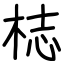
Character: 梽